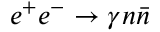
e ^ { + } e ^ { - } \to \gamma n \bar { n }